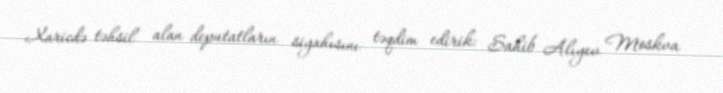
Xaricdə təhsil alan deputatların siyahısını təqdim edirik: Sahib Alıyev Moskva